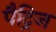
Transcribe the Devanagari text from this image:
पैट्रिज